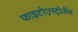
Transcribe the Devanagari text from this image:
फाइटोएस्ट्रोजेंस